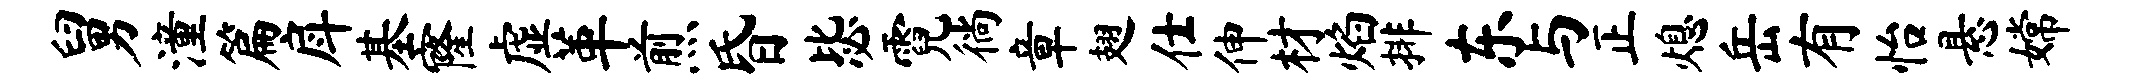
舅潼篇戽基窿虚革煎昏毖霓徜章翅仕伸材焰排东与正熄岳有怡悬嫦